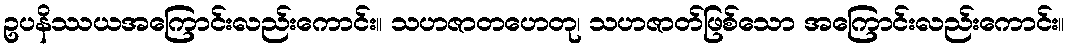
ဥပနိဿယအကြောင်းလည်းကောင်း။ သဟဇာတဟေတု၊ သဟဇာတ်ဖြစ်သော အကြောင်းလည်းကောင်း။